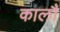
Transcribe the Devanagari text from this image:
कालौं